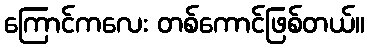
ကြောင်ကလေး တစ်ကောင်ဖြစ်တယ်။